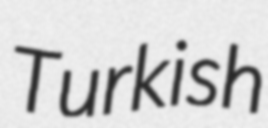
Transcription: Turkish